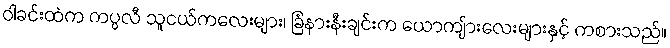
ဝါခင်းထဲက ကပ္ပလီ သူငယ်ကလေးများ၊ ခြံနားနီးချင်းက ယောကျ်ားလေးများနှင့် ကစားသည်။